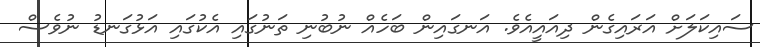
ސައިކަލަށް އަރައިގެން ދިއައީއެވެ. އަނގައިން ބަހެއް ނުބުނި ތަނުގައި އެކުގައި އަޅުގަނޑު ނުވެސް